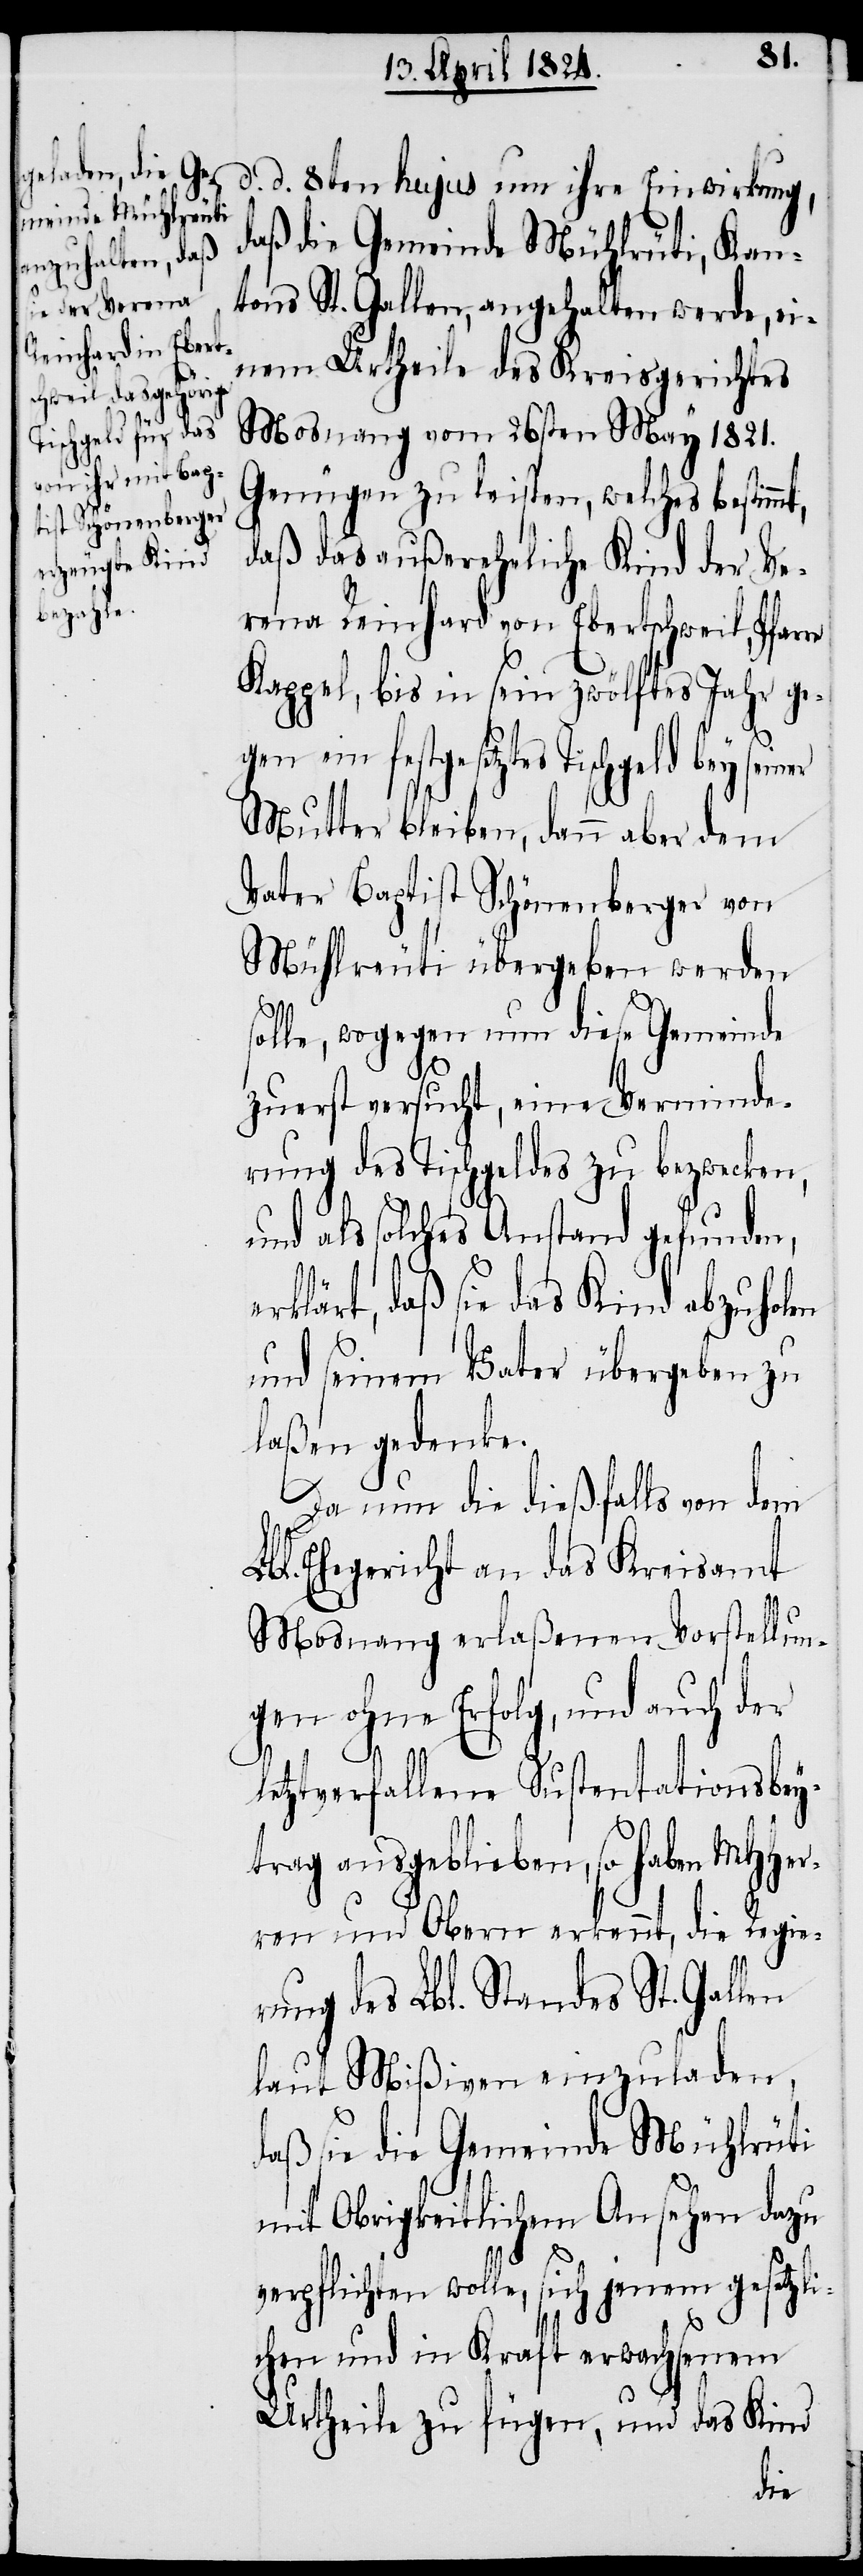
daß die Gemeinde Mühlrüti, Kan¬
tons St. Gallen, angehalten werde, ei¬
nem Urtheile des Kreisgerichtes
Mosnang vom 26sten May 1821.
Genügen zu leisten, welches bestimm¬
daß das außereheliche Kind der Ve¬
rena Reinhard von Ebertschweil, Pfarre
Kappel, bis in sein zwölftes Jahr ge¬
gen ein festgesetztes Tischgeld bey
Mutter bleiben, dann aber dem
Vater Baptist Schönenberger von
Mühlreuti übergeben werden
olle, wogegen nun diese Gemeinde
zuerst versucht, eine Verminde¬
rung des Tischgeldes zu bezwecken,
und als solches Anstand gefunden,
rklärt, daß sie das Kind abzuholen
und seinem Vater übergeben zu
laßen gedenke.
Da nun die dießfalls von dem
bl. Ehegerichte an das Kreisamt
Mosnang erlaßenen Vorstellun¬
gen ohne Erfolg, und auch der
L¬
t,
letztverfallene Sustentationsbey¬
trag ausgeblieben, so haben MHHer¬
ren und Obern erkennt, die Regie¬
rung des Lbl. Standes St. Gallen
laut Mißiven einzuladen,
daß sie die Gemeinde Mühlrüti
mit Obrigkeitlichem Ansehen dazu
verpflichten wolle, sich jenem gesetzli¬
chen und in Kraft erwachsenem
Urtheile zu fügen, und das Kind